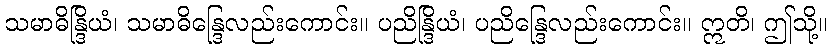
သမာဓိန္ဒြိယံ၊ သမာဓိန္ဒြေလည်းကောင်း။ ပညိန္ဒြိယံ၊ ပညိန္ဒြေလည်းကောင်း။ ဣတိ၊ ဤသို့။